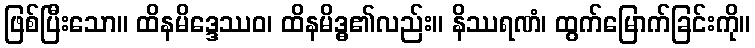
ဖြစ်ပြီးသော။ ထိနမိဒ္ဒေဿဝ၊ ထိနမိဒ္ဓ၏လည်း။ နိဿရဏံ၊ ထွက်မြောက်ခြင်းကို။